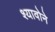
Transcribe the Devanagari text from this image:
श्यावोने